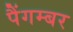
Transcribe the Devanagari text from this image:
पैंगम्‍बर